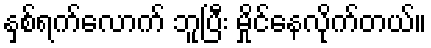
နှစ်ရက်လောက် ဘူပြီး မှိုင်နေလိုက်တယ်။